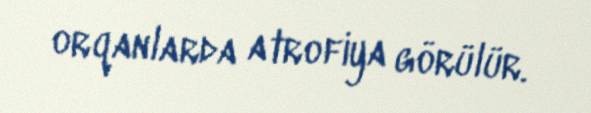
orqanlarda atrofiya görülür.